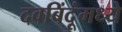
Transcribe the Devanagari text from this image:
दवबिंदूंमध्ये